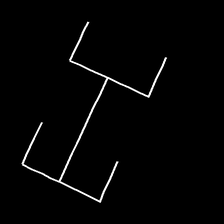
Glyph: entwine